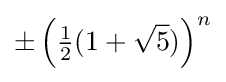
\pm \left({\tfrac {1}{2}}(1+{\sqrt {5}})\right)^{n}